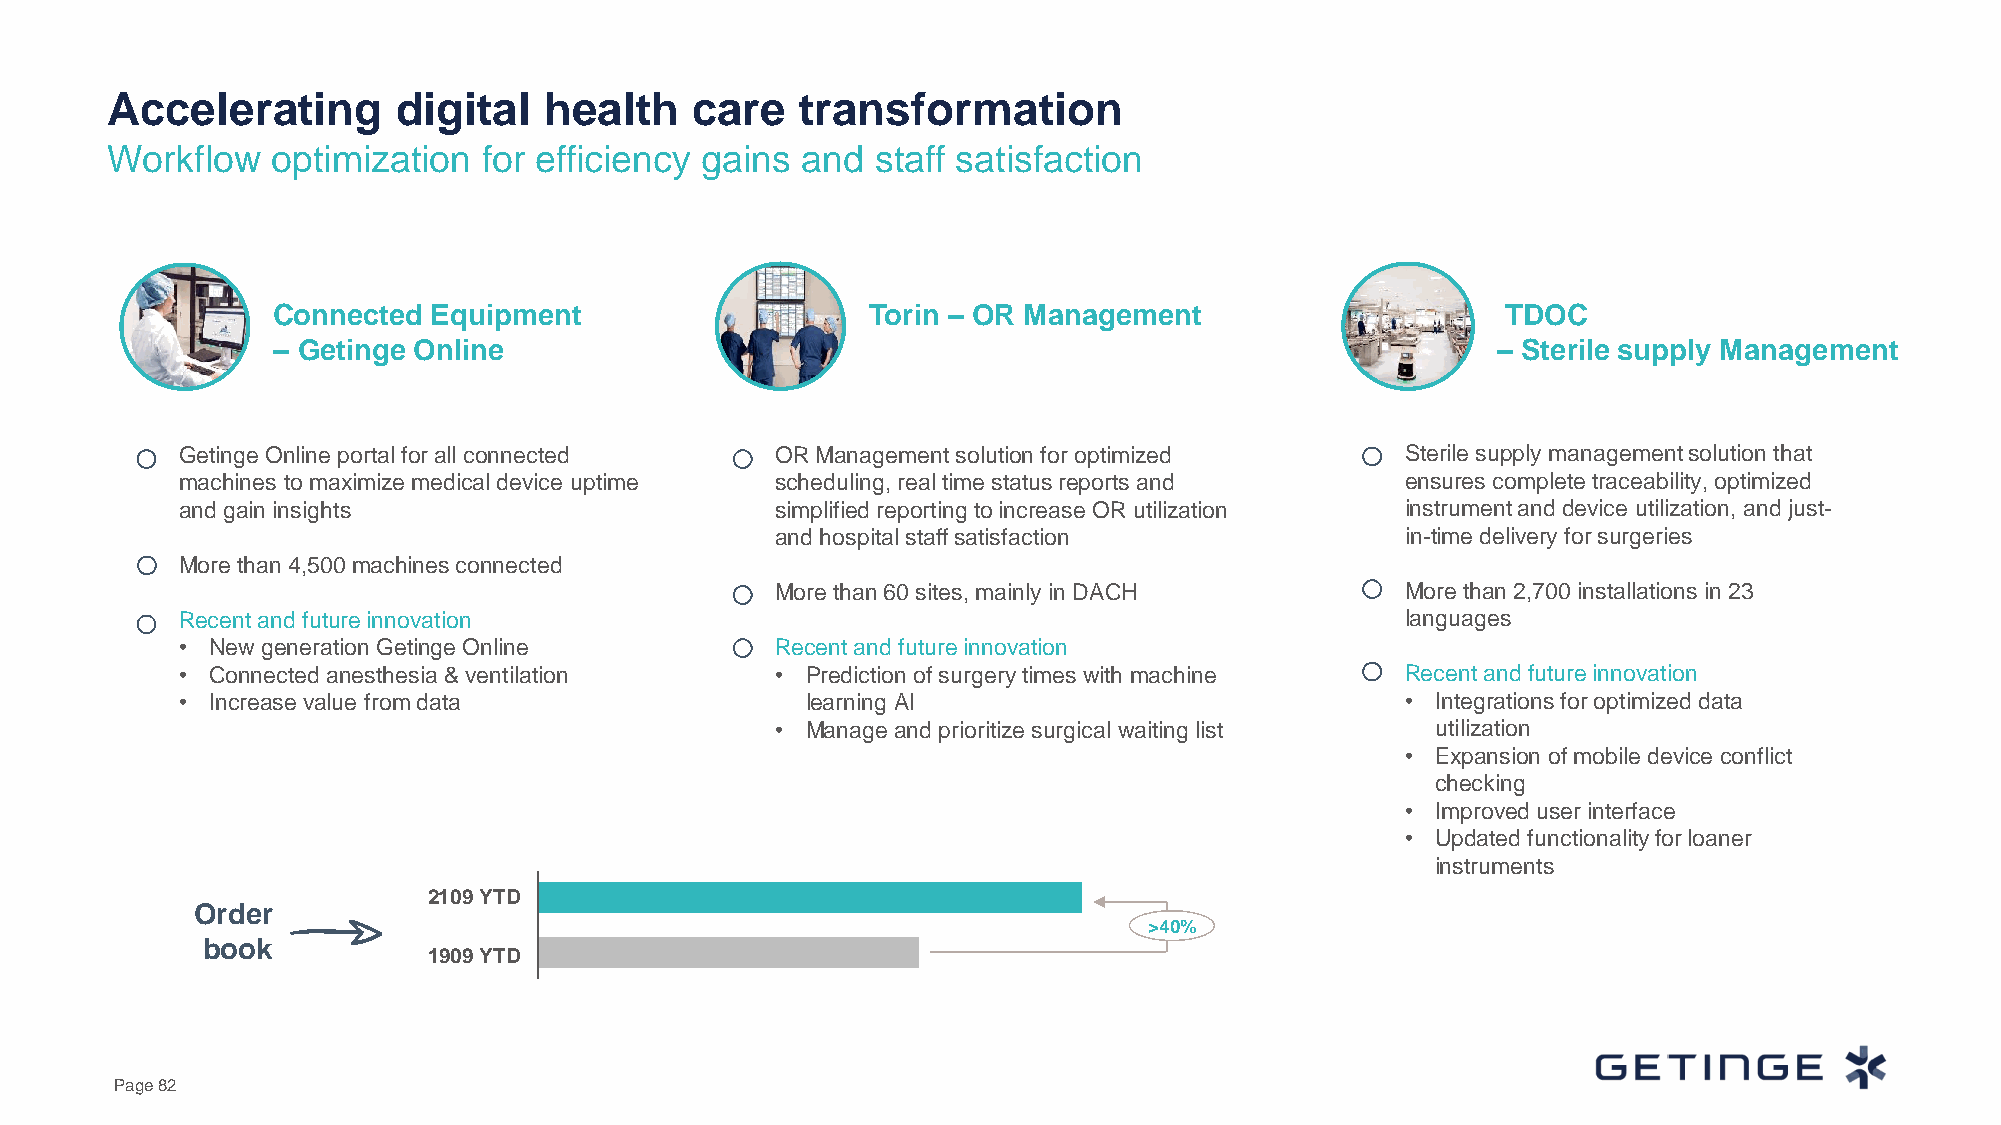
Accelerating       digital   health    care   transformation
 Workflow   optimization  for efficiency gains and  staff satisfaction
 Connected  Equipment                    Torin – OR Management                     TDOC
 – Getinge Online                                                                 – Sterile supply Management
 Getinge Online portal for all connected OR Management solution for optimized     Sterile supply management solution that
 machines to maximize medical device uptime scheduling, real time status reports and ensures complete traceability, optimized
 and gain insights                      simplified reporting to increase OR utilization instrument and device utilization, and just-
 and hospital staff satisfaction           in-time delivery for surgeries
 More than 4,500 machines connected
 More than 60 sites, mainly in DACH        More than 2,700 installations in 23
 Recent and future innovation                                                     languages
 • New generation Getinge Online        Recent and future innovation
 • Connected anesthesia & ventilation   • Prediction of surgery times with machine Recent and future innovation
 • Increase value from data               learning AI                             • Integrations for optimized data
 • Manage and prioritize surgical waiting list utilization
 • Expansion of mobile device conflict
 checking
 • Improved user interface
 • Updated functionality for loaner
 instruments
 2109 YTD
 Order
 >40%
 book
 1909 YTD
 Page 82